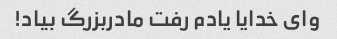
وای خدایا یادم رفت مادربزرگ بیاد!